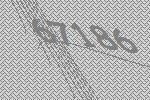
67186